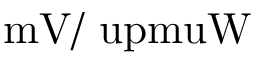
\mathrm { m V / \ u p m u W }